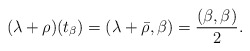
\begin{align*}(\lambda+\rho)(t_\beta)=(\lambda+\bar\rho,\beta)=\frac{(\beta,\beta)}{2}.\end{align*}